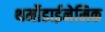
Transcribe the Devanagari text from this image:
थर्मोडाईनेमिक